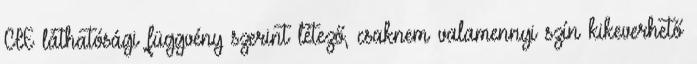
CIE láthatósági függvény szerint létező, csaknem valamennyi szín kikeverhető